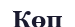
Көп